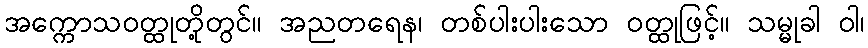
အက္ကောသဝတ္ထုတို့တွင်။ အညတရေန၊ တစ်ပါးပါးသော ဝတ္ထုဖြင့်။ သမ္မုခါ ဝါ၊